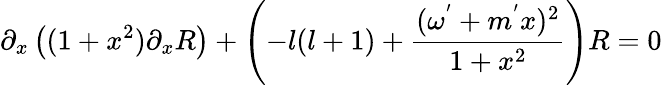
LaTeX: \partial_{x}\left((1+x^{2})\partial_{x}R\right)+\left(-l(l+1)+\frac{(\omega^{'}+m^{'}x)^{2}}{1+x^{2}}\right)R=0